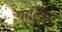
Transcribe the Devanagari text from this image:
ग्रात्जिए